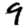
Digit: 9